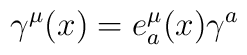
\gamma^\mu(x)=e^\mu_a(x)\gamma^a